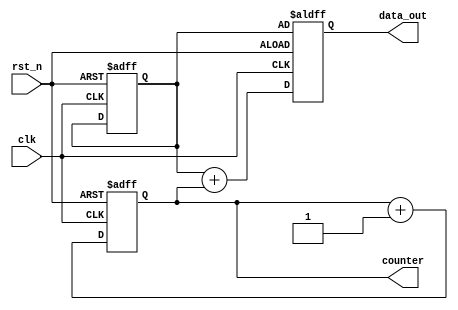
module ParameterFocusedInit #(
    parameter INIT_VALUE = 8'h00,        // Initial value for registers
    parameter COUNTER_SIZE = 4,          // Size of the counter
    parameter OP_MODE = 1'b0              // Operational mode (0: normal, 1: special)
)(
    input wire clk,                       // Clock signal
    input wire rst_n,                     // Active low reset signal
    output reg [7:0] data_out,            // Output data
    output reg [COUNTER_SIZE-1:0] counter // Counter output
);

// Internal registers
reg [7:0] internal_reg;

// Initialization logic
initial begin
    // Set initial values based on parameters
    internal_reg = INIT_VALUE;
    counter = {COUNTER_SIZE{1'b0}}; // Initialize counter to 0
    data_out = internal_reg; // Initialize output data
end

// Reset handling
always @(posedge clk or negedge rst_n) begin
    if (!rst_n) begin
        // Reset logic
        internal_reg <= INIT_VALUE; // Reset to initial value
        counter <= {COUNTER_SIZE{1'b0}}; // Reset counter
        data_out <= internal_reg; // Reset output data
    end else begin
        // Normal operation
        if (OP_MODE == 1'b0) begin
            // Normal mode: Increment counter
            counter <= counter + 1'b1;
            data_out <= internal_reg + counter; // Example operation
        end else if (OP_MODE == 1'b1) begin
            // Special mode: Load a different value
            internal_reg <= 8'hFF; // Set to a different value
            data_out <= internal_reg; // Update output data
        end
    end
end

endmodule